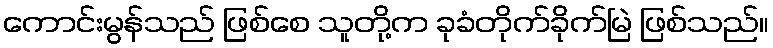
ကောင်းမွန်သည် ဖြစ်စေ သူတို့က ခုခံတိုက်ခိုက်မြဲ ဖြစ်သည်။